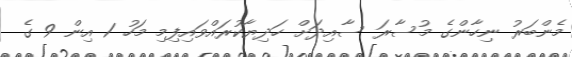
މެންބަރު ނިހާންގެ މުސާރަ ސާއިދަށް ހަދިޔާކުރައްވައިފިމި މަހު 1 އިން 9 ގެ